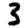
Digit: 3